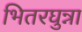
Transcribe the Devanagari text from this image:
भितरघुन्ना